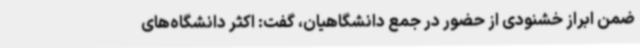
ضمن ابراز خشنودی از حضور در جمع دانشگاهیان، گفت: اکثر دانشگاه‌های